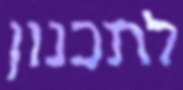
לתכנון